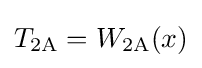
T_{\text{2A}}=W_{\text{2A}}(x)